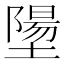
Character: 𪤝